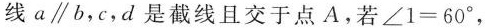
线a\parallel b，c，d是截线且交于点A.若$$∠ 1 = 6 0 °$$，